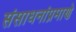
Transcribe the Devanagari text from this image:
संसाधनांप्रमाणे